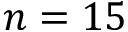
n = 1 5